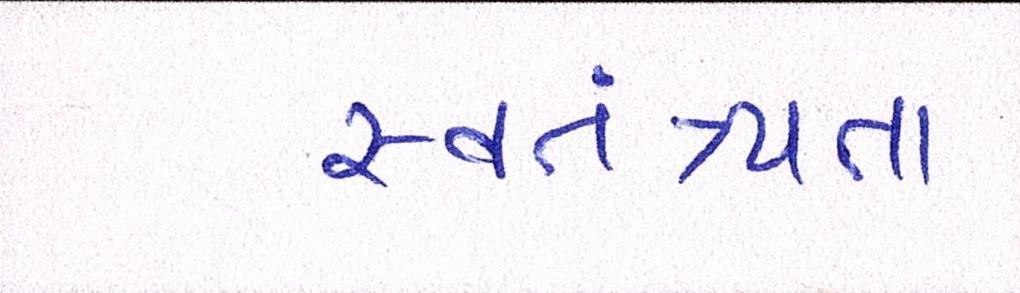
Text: સ્વતંત્ર્યતા